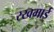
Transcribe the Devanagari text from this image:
रखमाई